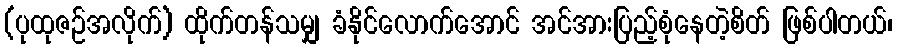
(ပုထုဇဉ်အလိုက်) ထိုက်တန်သမျှ ခံနိုင်လောက်အောင် အင်အားပြည့်စုံနေတဲ့စိတ် ဖြစ်ပါတယ်၊